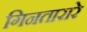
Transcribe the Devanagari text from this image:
गिनतारारे